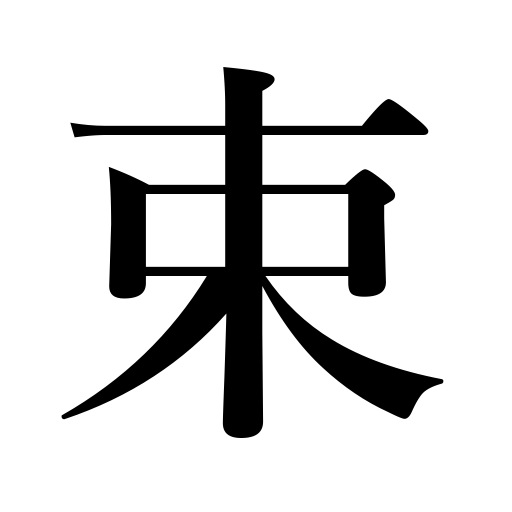
Meanings: bunch,bundle,coil,sheaf,ream of paper